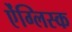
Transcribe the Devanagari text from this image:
ऐंग्लिस्क